Vaccination in the Punjab 1867-1880 - 1867-1880
Year: 1867
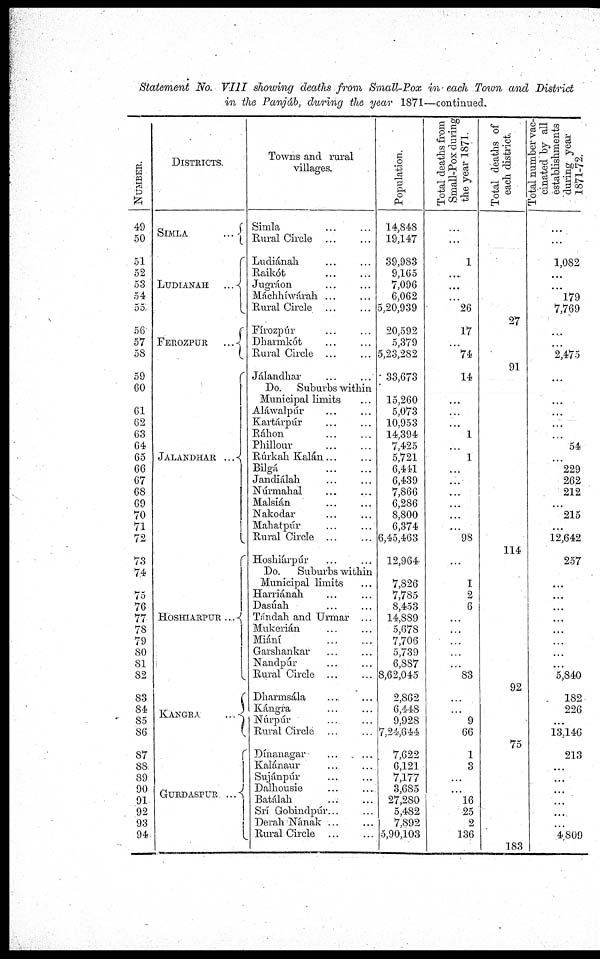
Statement No. VIII showing deaths from Small-Pox in each Town and District
in the Panjáb, during the year 1871—continued.
NUMBER.
49
50
51
52
53
54
55
56
57
58
59
60
61
62
63
64
65
66
67
68
69
70
71
72
73
74
75
76
77
78
79
80
81
82
83
84
85
86
87
88
89
90
91
92
93
94
DISTRICTS.
SIMLA
...
LUDIANAH
...
FEROZPUR
...
JALANDHAR ...
HOSHIARPUR ...
KANGRA
...
GURDASPUR
...
Towns and rural
villages.
Simla ... ...
Rural Circle ... ...
Ludiánah ... ...
Raikót ... ...
Jugráon ... ...
Máchhíwárah ... ...
Rural Circle ... ...
Fírozpúr ... ...
Dharmkót ... ...
Rural Circle ... ...
Jálandhar ... ...
Do. Suburbs within
Municipal limits ...
Aláwalpúr ... ...
Kartárpúr ... ...
Ráhon ... ...
Phillour
...
...
Rúrkah Kalán ... ...
Bilgá
...
...
Jandiálah ... ...
Núrmahal ... ...
Malsián ... ...
Nakodar ... ...
Mahatpúr ... ...
Rural Circle ... ...
Hoshiárpúr ... ...
Do.
Suburbs within
Municipal limits ... ...
Harriánah ... ...
Dasúah ... ...
Tándah and Urmar ...
Mukerián ... ...
Miání ... ...
Garshankar ... ...
Nandpúr ... ...
Rural Circle ... ...
Dharmsála ... ...
Kángra ... ...
Núrpúr ... ...
Rural Circle ... ...
Dínanagar
...
...
Kalánaur ... ...
Sujánpúr ... ...
Dalhousie ... ...
Batúálah ... ...
Srí Gobindpúr... ...
Derah Nának ... ...
Rural Circle ... ...
Population.
14,848
19,147
39,983
9,165
7,096
6,062
5,20,939
20,592
5,379
5,23,282
33,673
15,260
5,073
10,953
14,394
7,425
5,721
6,441
6,439
7,866
6,286
8,800
6,374
6,45,463
12,964
7,826
7,785
8,453
14,889
5,678
7,706
5,739
6,887
8,62,045
2,862
6,448
9,928
7,24,644
. 7,622
6,121
7,177
3,685
27,280
5,482
7,892
5,90,103
Total deaths from
Small-Pox during
the year 1871.
...
...
1
...
...
...
26
17
...
74
14
...
...
...
1
...
1
...
...
...
...
...
...
98
...
1
2
6
...
...
...
83
...
...
9
66
1
3
...
... 16
25
2
136
Total deaths of
each district.
27
91
114
92
75
183
Total number vac-
cinated by all
establishments
during year
1871-72.
...
1,082
...
...
179
7,769
...
...
2,475
...
...
...
...
...
54
...
229
262
212
...
215
...
12,642
257
...
...
...
...
...
...
...
...
5,840
182
226
...
13,146
213
...
...
...
...
...
...
4,809